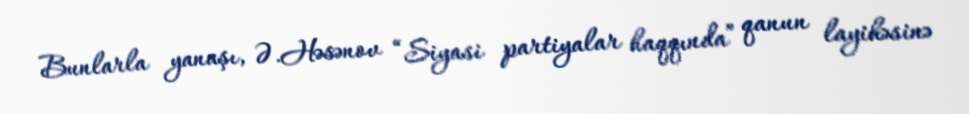
Bunlarla yanaşı, Ə.Həsənov “Siyasi partiyalar haqqında” qanun layihəsinə